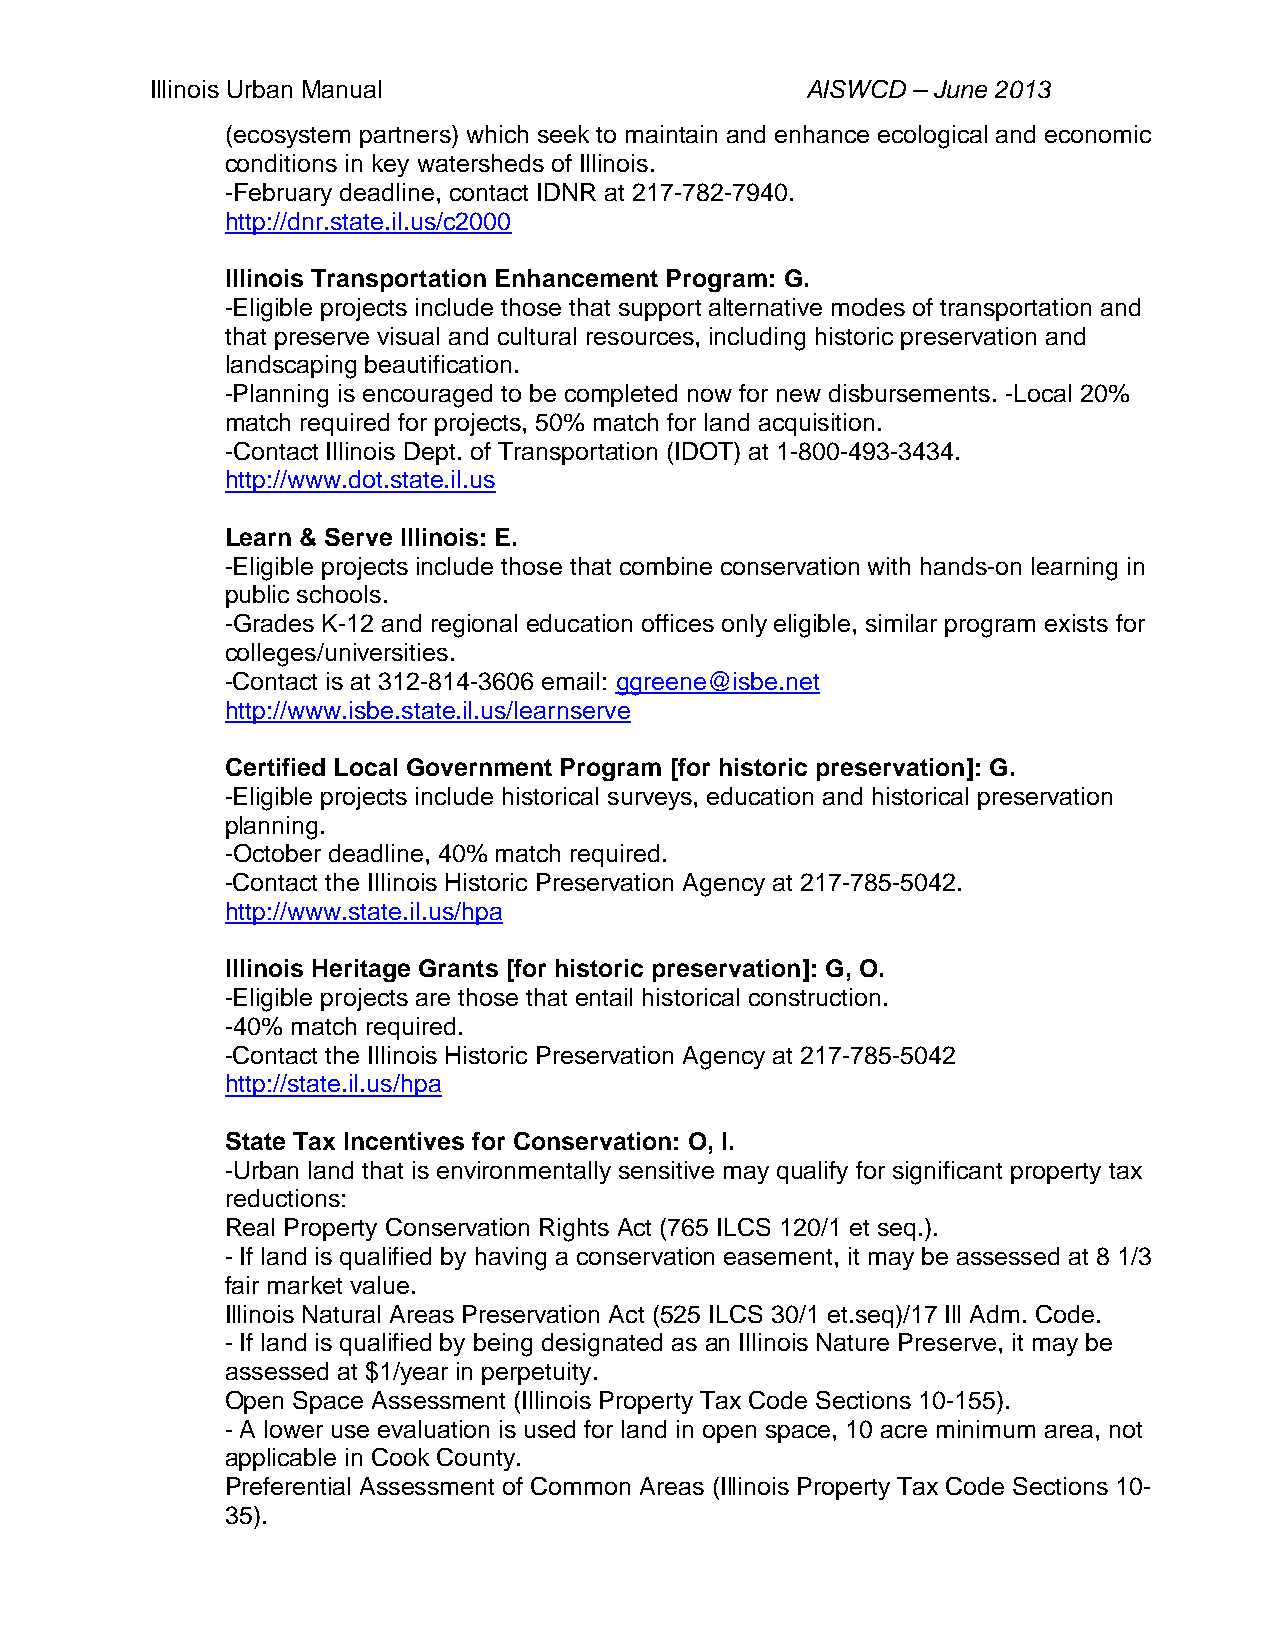
Illinois Urban Manual                      AISWCD – June 2013
 (ecosystem partners) which seek to maintain and enhance ecological and economic
 conditions in key watersheds of Illinois.
 -February deadline, contact IDNR at 217-782-7940.
 http://dnr.state.il.us/c2000
 Illinois Transportation Enhancement Program: G.
 -Eligible projects include those that support alternative modes of transportation and
 that preserve visual and cultural resources, including historic preservation and
 landscaping beautification.
 -Planning is encouraged to be completed now for new disbursements. -Local 20%
 match required for projects, 50% match for land acquisition.
 -Contact Illinois Dept. of Transportation (IDOT) at 1-800-493-3434.
 http://www.dot.state.il.us
 Learn & Serve Illinois: E.
 -Eligible projects include those that combine conservation with hands-on learning in
 public schools.
 -Grades K-12 and regional education offices only eligible, similar program exists for
 colleges/universities.
 -Contact is at 312-814-3606 email: ggreene@isbe.net
 http://www.isbe.state.il.us/learnserve
 Certified Local Government Program [for historic preservation]: G.
 -Eligible projects include historical surveys, education and historical preservation
 planning.
 -October deadline, 40% match required.
 -Contact the Illinois Historic Preservation Agency at 217-785-5042.
 http://www.state.il.us/hpa
 Illinois Heritage Grants [for historic preservation]: G, O.
 -Eligible projects are those that entail historical construction.
 -40% match required.
 -Contact the Illinois Historic Preservation Agency at 217-785-5042
 http://state.il.us/hpa
 State Tax Incentives for Conservation: O, I.
 -Urban land that is environmentally sensitive may qualify for significant property tax
 reductions:
 Real Property Conservation Rights Act (765 ILCS 120/1 et seq.).
 - If land is qualified by having a conservation easement, it may be assessed at 8 1/3
 fair market value.
 Illinois Natural Areas Preservation Act (525 ILCS 30/1 et.seq)/17 Ill Adm. Code.
 - If land is qualified by being designated as an Illinois Nature Preserve, it may be
 assessed at $1/year in perpetuity.
 Open Space Assessment (Illinois Property Tax Code Sections 10-155).
 - A lower use evaluation is used for land in open space, 10 acre minimum area, not
 applicable in Cook County.
 Preferential Assessment of Common Areas (Illinois Property Tax Code Sections 10-
 35).